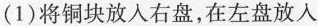
(1)将铜块放入右盘，在左盘放入